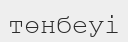
төнбеуі